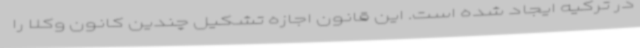
در ترکیه ایجاد شده است. این قانون اجازه تشکیل چندین کانون وکلا را